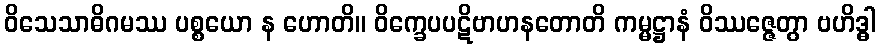
ဝိသေသာဓိဂမဿ ပစ္စယော န ဟောတိ။ ဝိက္ခေပပဋိဗာဟနတောတိ ကမ္မဋ္ဌာနံ ဝိဿဇ္ဇေတွာ ဗဟိဒ္ဓါ